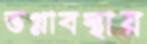
ভগ্নাবস্থায়